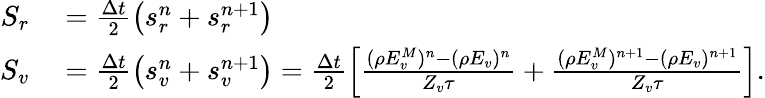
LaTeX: \begin{array}{rl}{S_{r}}&{{}=\frac{\Delta t}{2}\left(s_{r}^{n}+s_{r}^{n+1}\right)}\\ {S_{v}}&{{}=\frac{\Delta t}{2}\left(s_{v}^{n}+s_{v}^{n+1}\right)=\frac{\Delta t}{2}\left[\frac{(\rho E_{v}^{M})^{n}-(\rho E_{v})^{n}}{Z_{v}\tau}+\frac{(\rho E_{v}^{M})^{n+1}-(\rho E_{v})^{n+1}}{Z_{v}\tau}\right].}\end{array}